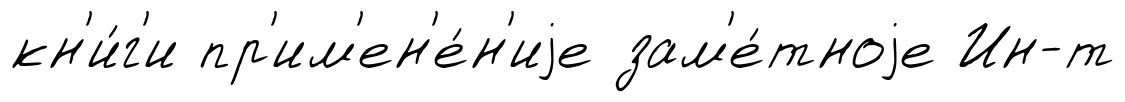
кн'и́г'и пр'им'ен'е́н'иjе зам'е́тноjе Ин-т